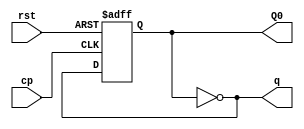
module two_divider(
    input cp,rst,
    output reg Q0,
    output q
);//
    always @(posedge cp or negedge rst) begin
        if (!rst) begin
            Q0<=0;
        end else begin
             Q0<=~Q0;
        end
    end
    assign q=~Q0;
endmodule
module two_four_divider (
    output Q0,Q1,
    input cp,rst
);
wire w1;
    two_divider U1(.cp(cp),.rst(rst),.Q0(Q0),.q(w1));
    two_divider U2(.cp(w1),.rst(rst),.Q0(Q1),.q());
endmodule